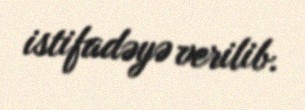
istifadəyə verilib.